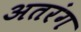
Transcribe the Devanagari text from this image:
अतरंग